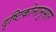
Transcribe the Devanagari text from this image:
दृष्टिकोनानुसार